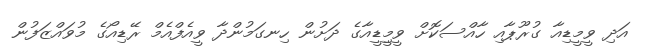
އަދި ވީމީޑިއާ ގުރޫޕާއި ހާއްސަކޮށް ވީމީިޑީއާގެ ދަށުން ހިނގަމުންދާ ވީއެފްއެމް ރޭޑިއޯގެ މުވައްޒަފުން